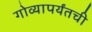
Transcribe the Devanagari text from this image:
गोव्यापर्यंतची